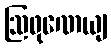
ဩဖုဏေယျ